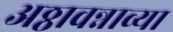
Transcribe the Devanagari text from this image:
अठ्ठावन्नाव्या